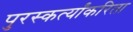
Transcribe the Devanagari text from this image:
पुरस्कर्त्यांकरिता